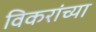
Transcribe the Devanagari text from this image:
विकरांच्या